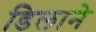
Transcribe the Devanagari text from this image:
डिलाने